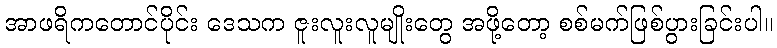
အာဖရိကတောင်ပိုင်း ဒေသက ဇူးလူးလူမျိုးတွေ အဖို့တော့ စစ်မက်ဖြစ်ပွားခြင်းပါ။